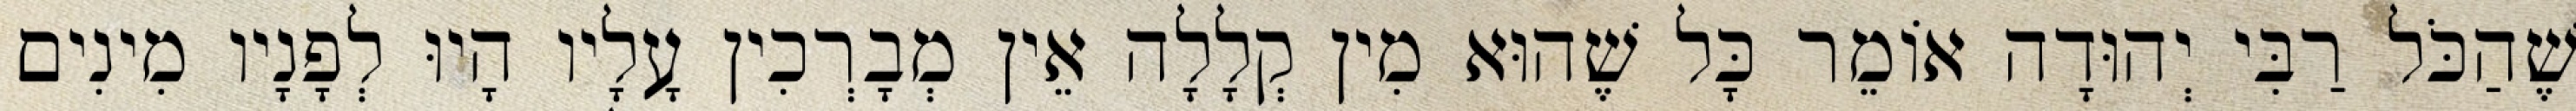
שֶׁהַכֹּל רַבִּי יְהוּדָה אוֹמֵר כָּל שֶׁהוּא מִין קְלָלָה אֵין מְבָרְכִין עָלָיו הָיוּ לְפָנָיו מִינִים